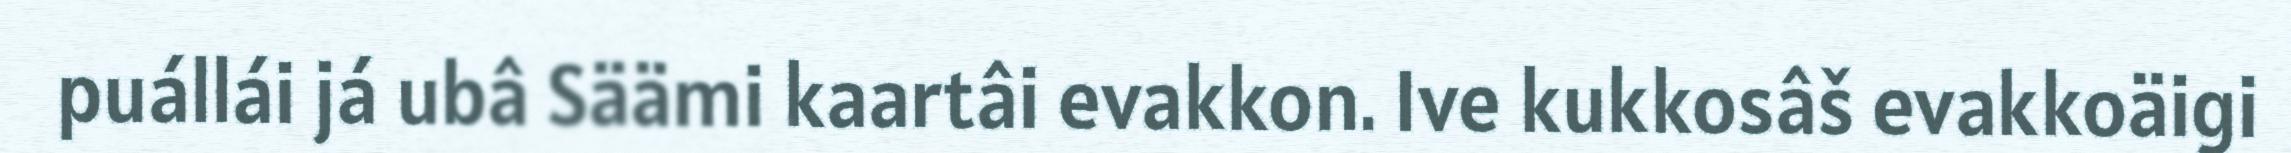
puállái já ubâ Säämi kaartâi evakkon. Ive kukkosâš evakkoäigi